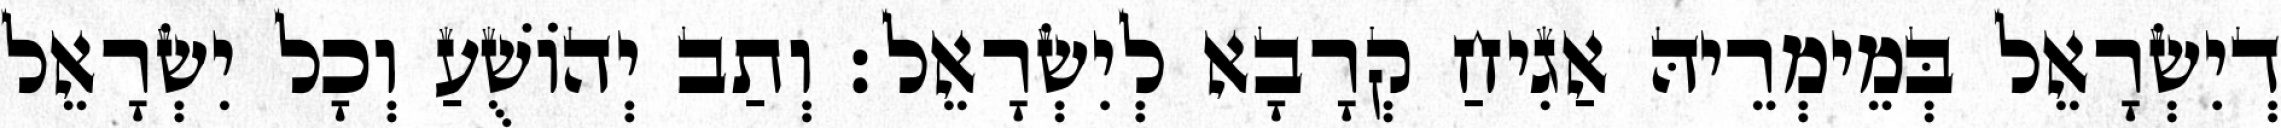
דְיִשְׂרָאֵל בְּמֵימְרֵיהּ אַגִיחַ קְרָבָא לְיִשְׂרָאֵל׃ וְתַב יְהוֹשֻׁעַ וְכָל יִשְׂרָאֵל